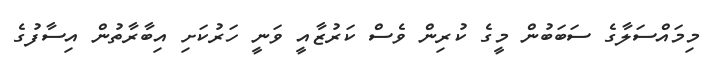
މިމައްސަލާގެ ސަބަބުން މީގެ ކުރިން ވެސް ކަރުޒާއީ ވަނީ ހަރުކަށި އިބާރާތުން އިސާފުގެ